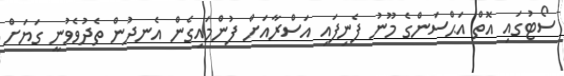
ސޯޓުގައި އޮތް އަޙްސަންގެ މޫނު ފެނިފައި އަސްރާއަށް ފުންމައިގެން އެނދުން ތެދުވެވުނީ ގަޔަށް